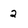
Character: 2